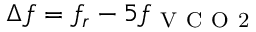
\Delta f = f _ { r } - 5 f _ { \mathrm { ~ V ~ C ~ O ~ 2 ~ } }